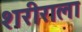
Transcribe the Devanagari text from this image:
शरीराला